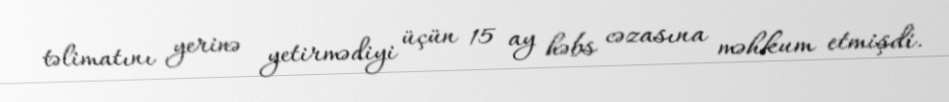
təlimatını yerinə yetirmədiyi üçün 15 ay həbs cəzasına məhkum etmişdi.